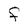
Character: F